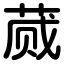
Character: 蒇